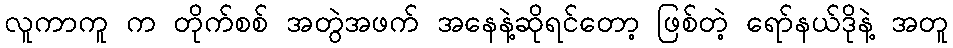
လူကာကူ က တိုက်စစ် အတွဲအဖက် အနေနဲ့ဆိုရင်တော့ ဖြစ်တဲ့ ရော်နယ်ဒိုနဲ့ အတူ